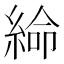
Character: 𦁸